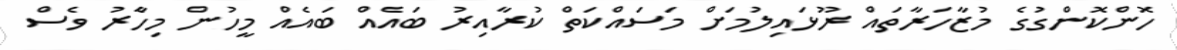
ހޮންކޮންގުގެ މުޒާހަރާތައް ރޫޅައިލުމަށް މަސައްކަތް ކުރާއިރު ބައެއް ބައެއް މީހުން މިހާެރު ވެސް